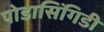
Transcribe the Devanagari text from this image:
पोडासिंगिडी